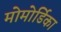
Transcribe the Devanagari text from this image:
मोमोर्डिका